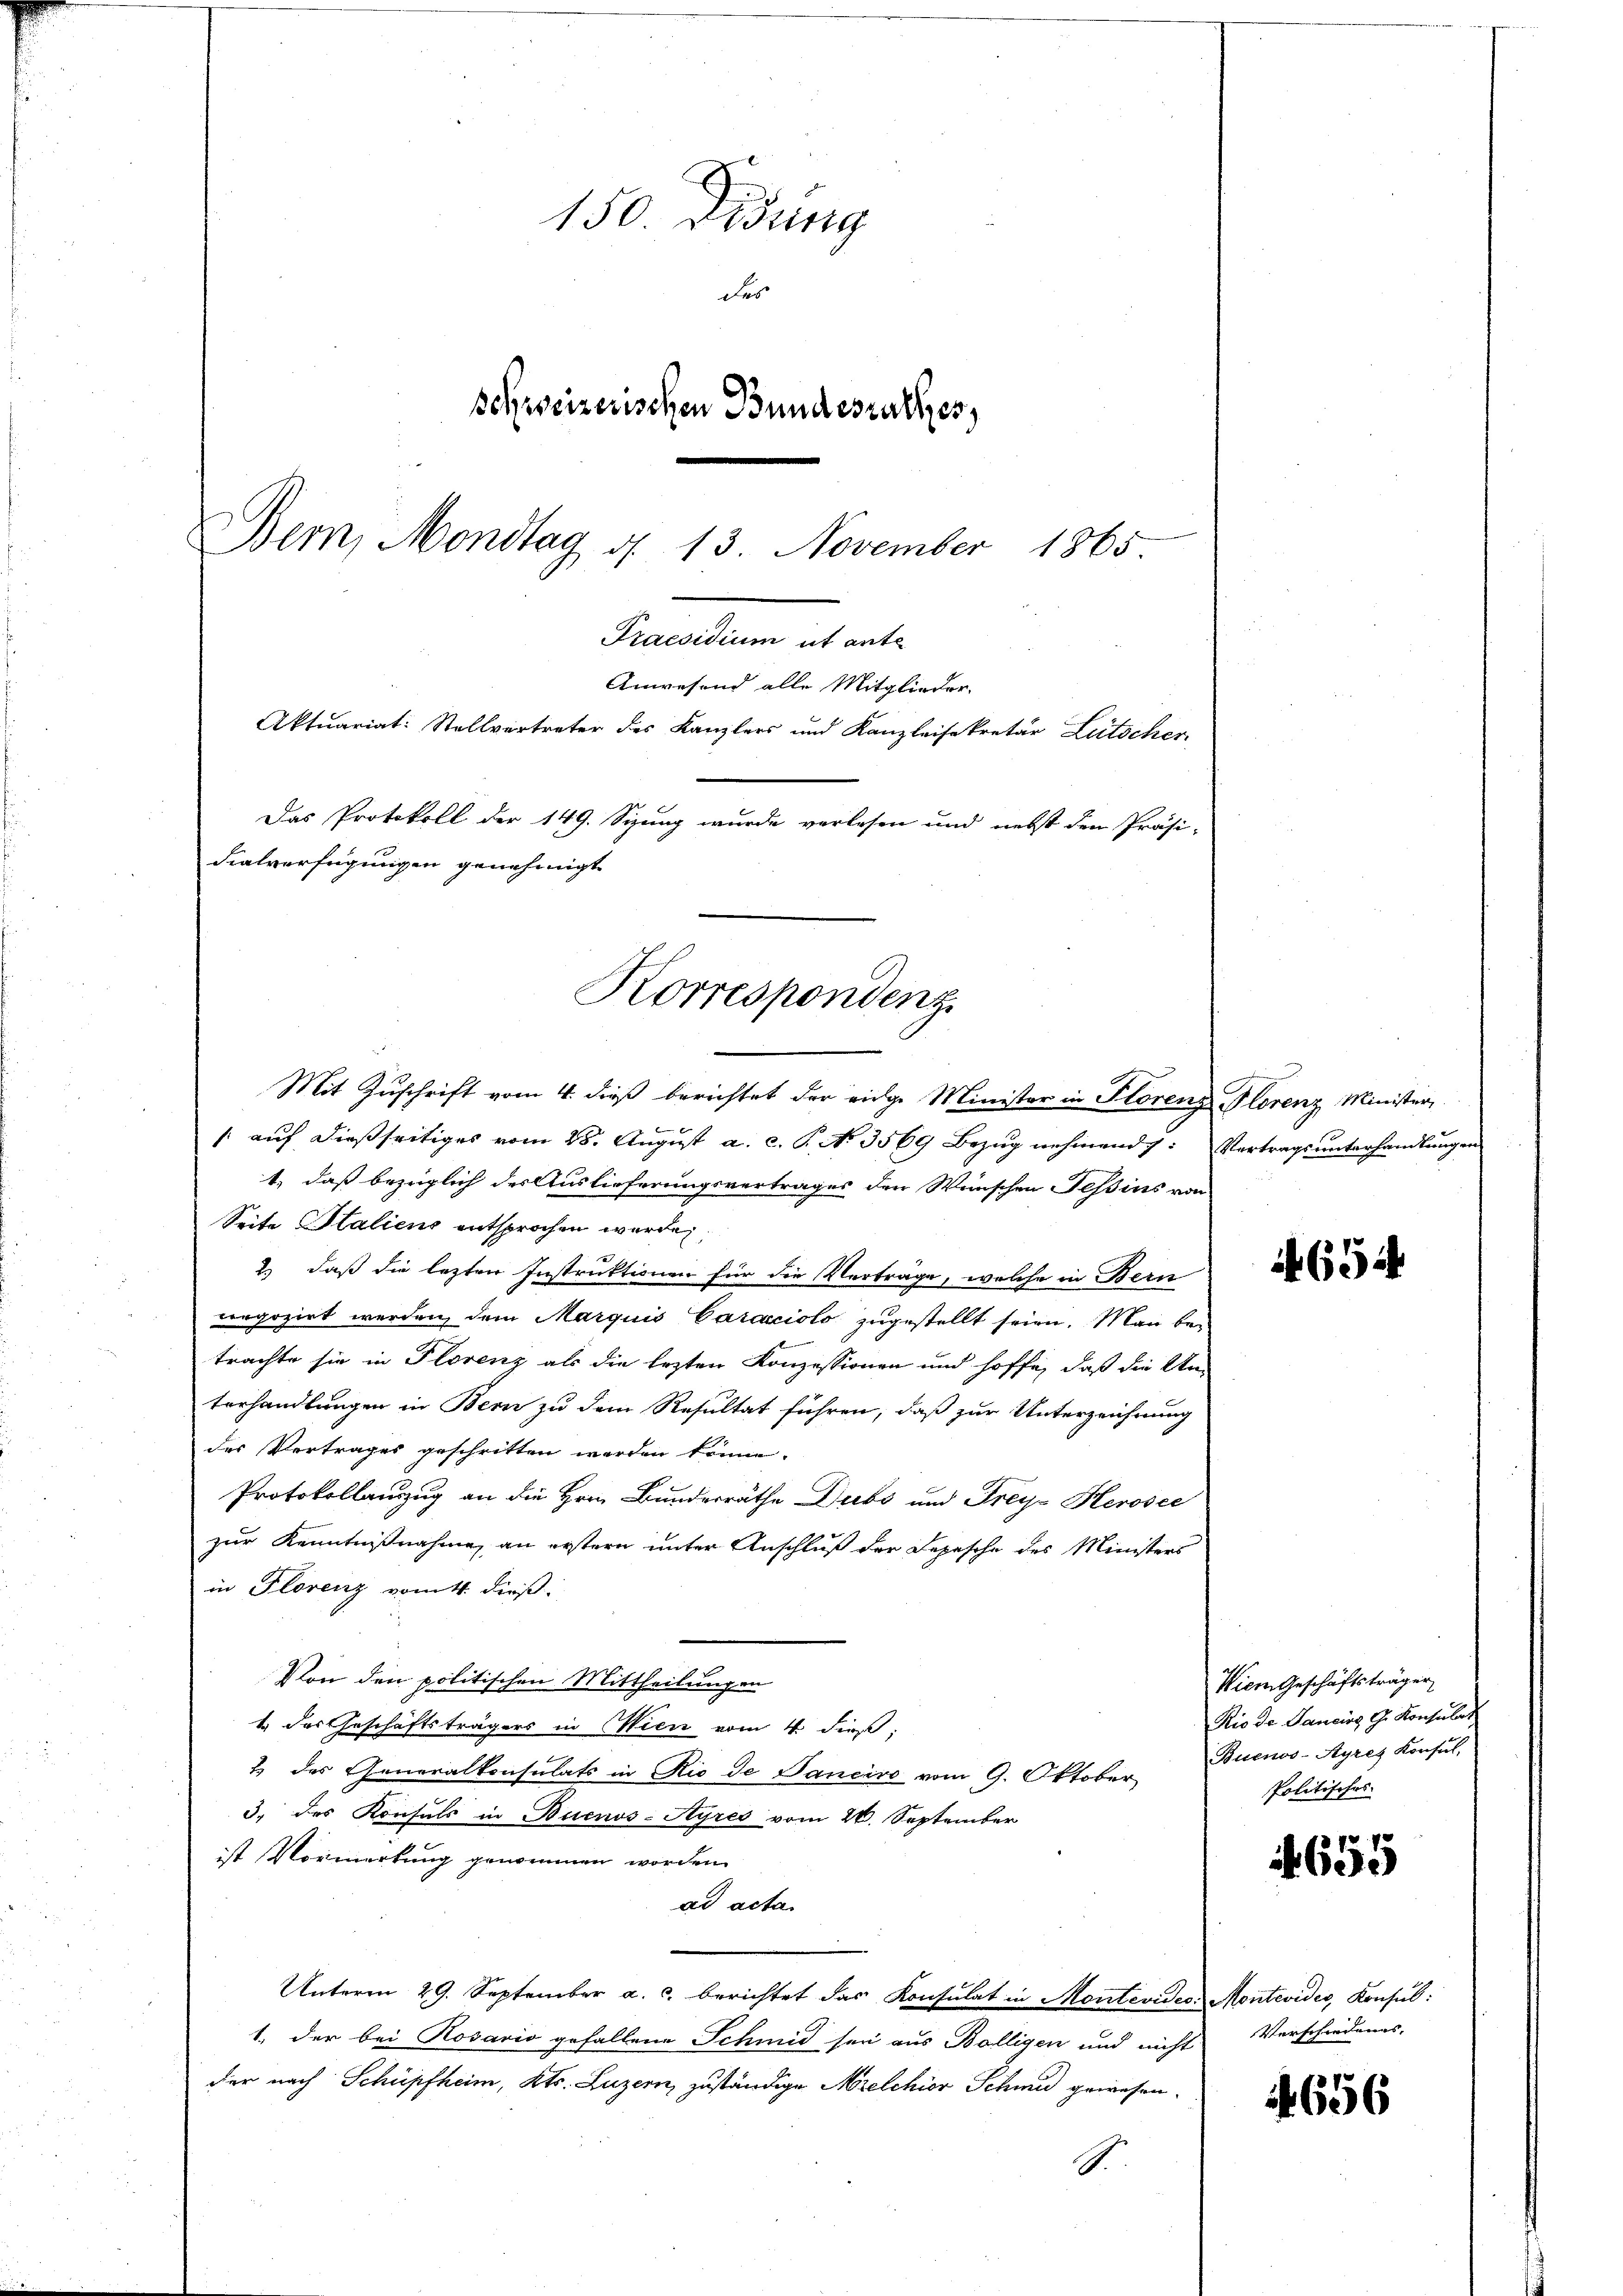
150 Didung
der
schweizerischen Bundesrathes,
Bern, Mondtag d. 13. November 1865.

Semination et abe
dialverfügungen genehmigt
Korrespondenz

Mit Zuschrift vom 4. dieß berichtet der eidge Minister in Florenz Plorenz Minister
[auf dießseitiges vom 28. August a. c. P. No 3569 Bezug nehmend: Vertragsunterhandlungen
1., daß bezüglich der Auslieferungsvertrages den Wünschen Tessins von
Seite Staliens entsprochen wurde,
2.) daß die lezten Instruktionen für die Verträge, welche in Bern
crgozirt werden dem Marquis Caracciolo zugestellt seien. Man betrachte sie in Florenz als die lezten Konzessionen und hoffe, daß die Un-
terhandlungen in Bern zu dem Resultat führen, daß zur Unterzeichnung
des Vertrages geschritten werden könne.
Protokollauszug an die Hrrn. Bundesräthe Dubs und Frey- Herosee
zur Kenntnißnahme, an erstern unter Anschluß der Depesche des Ministers
in Florenz vom 4. dieß:
Von den politischen Mittheilungen
1.) Das Geschäftsträgers in Wien vom 4. dieß:
1 des Generalkonsulats in Rio de Janeiro vom 9. Oktober
3. des Konsuls in Buenos-Ayres vom 26. September
ist Vormerkung genommen worden.
ad acta.
Unterm 29. September a. c. berichtet das Konsulat in Montevides Montevider, Konsul:
1. der bei Rosario gefallene Schmid sei aus Bölligen und nicht Verschiedungs-
der nach Schüpfheim, Kts. Luzern, zuständige Arelchior Schmid gewesen.
.

Anwesend alle Mitglieder
Aktuariat: Stellvertreter des Kanzlers und Kanzleisekretär Lütscher
Das Protokoll der 149. Sizung wurde verlesen und nebst den Präsi-

if. 654.

Wiem Geschäftsträger
Rio de Janeins G. Konsulat
Buenos-Ayres Konsul,
Politisches

655

656